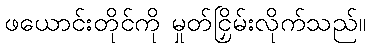
ဖယောင်းတိုင်ကို မှုတ်ငြှိမ်းလိုက်သည်။